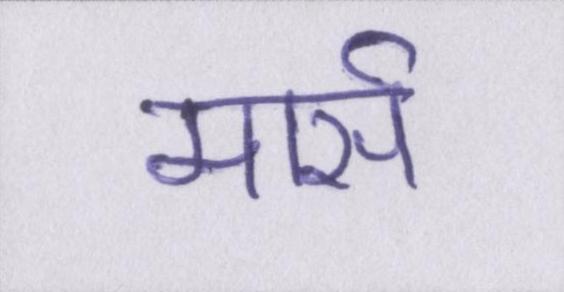
मार्स